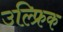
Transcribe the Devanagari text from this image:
उल्फ्रिक